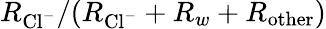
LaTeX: R_{\mathrm{Cl}^{-}}/(R_{\mathrm{Cl}^{-}}+R_{w}+R_{\mathrm{other}})